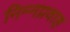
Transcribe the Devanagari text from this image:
निम्नप्रवाह